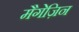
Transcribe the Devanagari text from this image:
मैगेज़िन